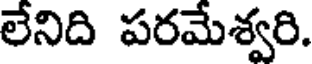
లేనిది పరమేశ్వరి.